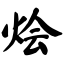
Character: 烩